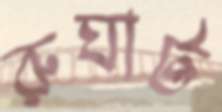
রুঘাট